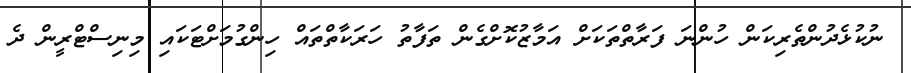
ނުކުޅެދުންތެރިކަން ހުންނަ ފަރާތްތަކަށް އަމާޒުކޮށްގެން ތަފާތު ހަރަކާތްތައް ހިންގުމަށްޓަކައި މިނިސްޓްރީން ދެ